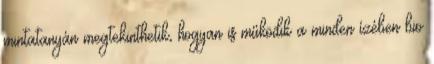
minta­tanyán megtekinthetik, hogyan is működik a minden ízében bio